Petrogradi_Kontroll-Opteerimise_Komisjon, lk 30
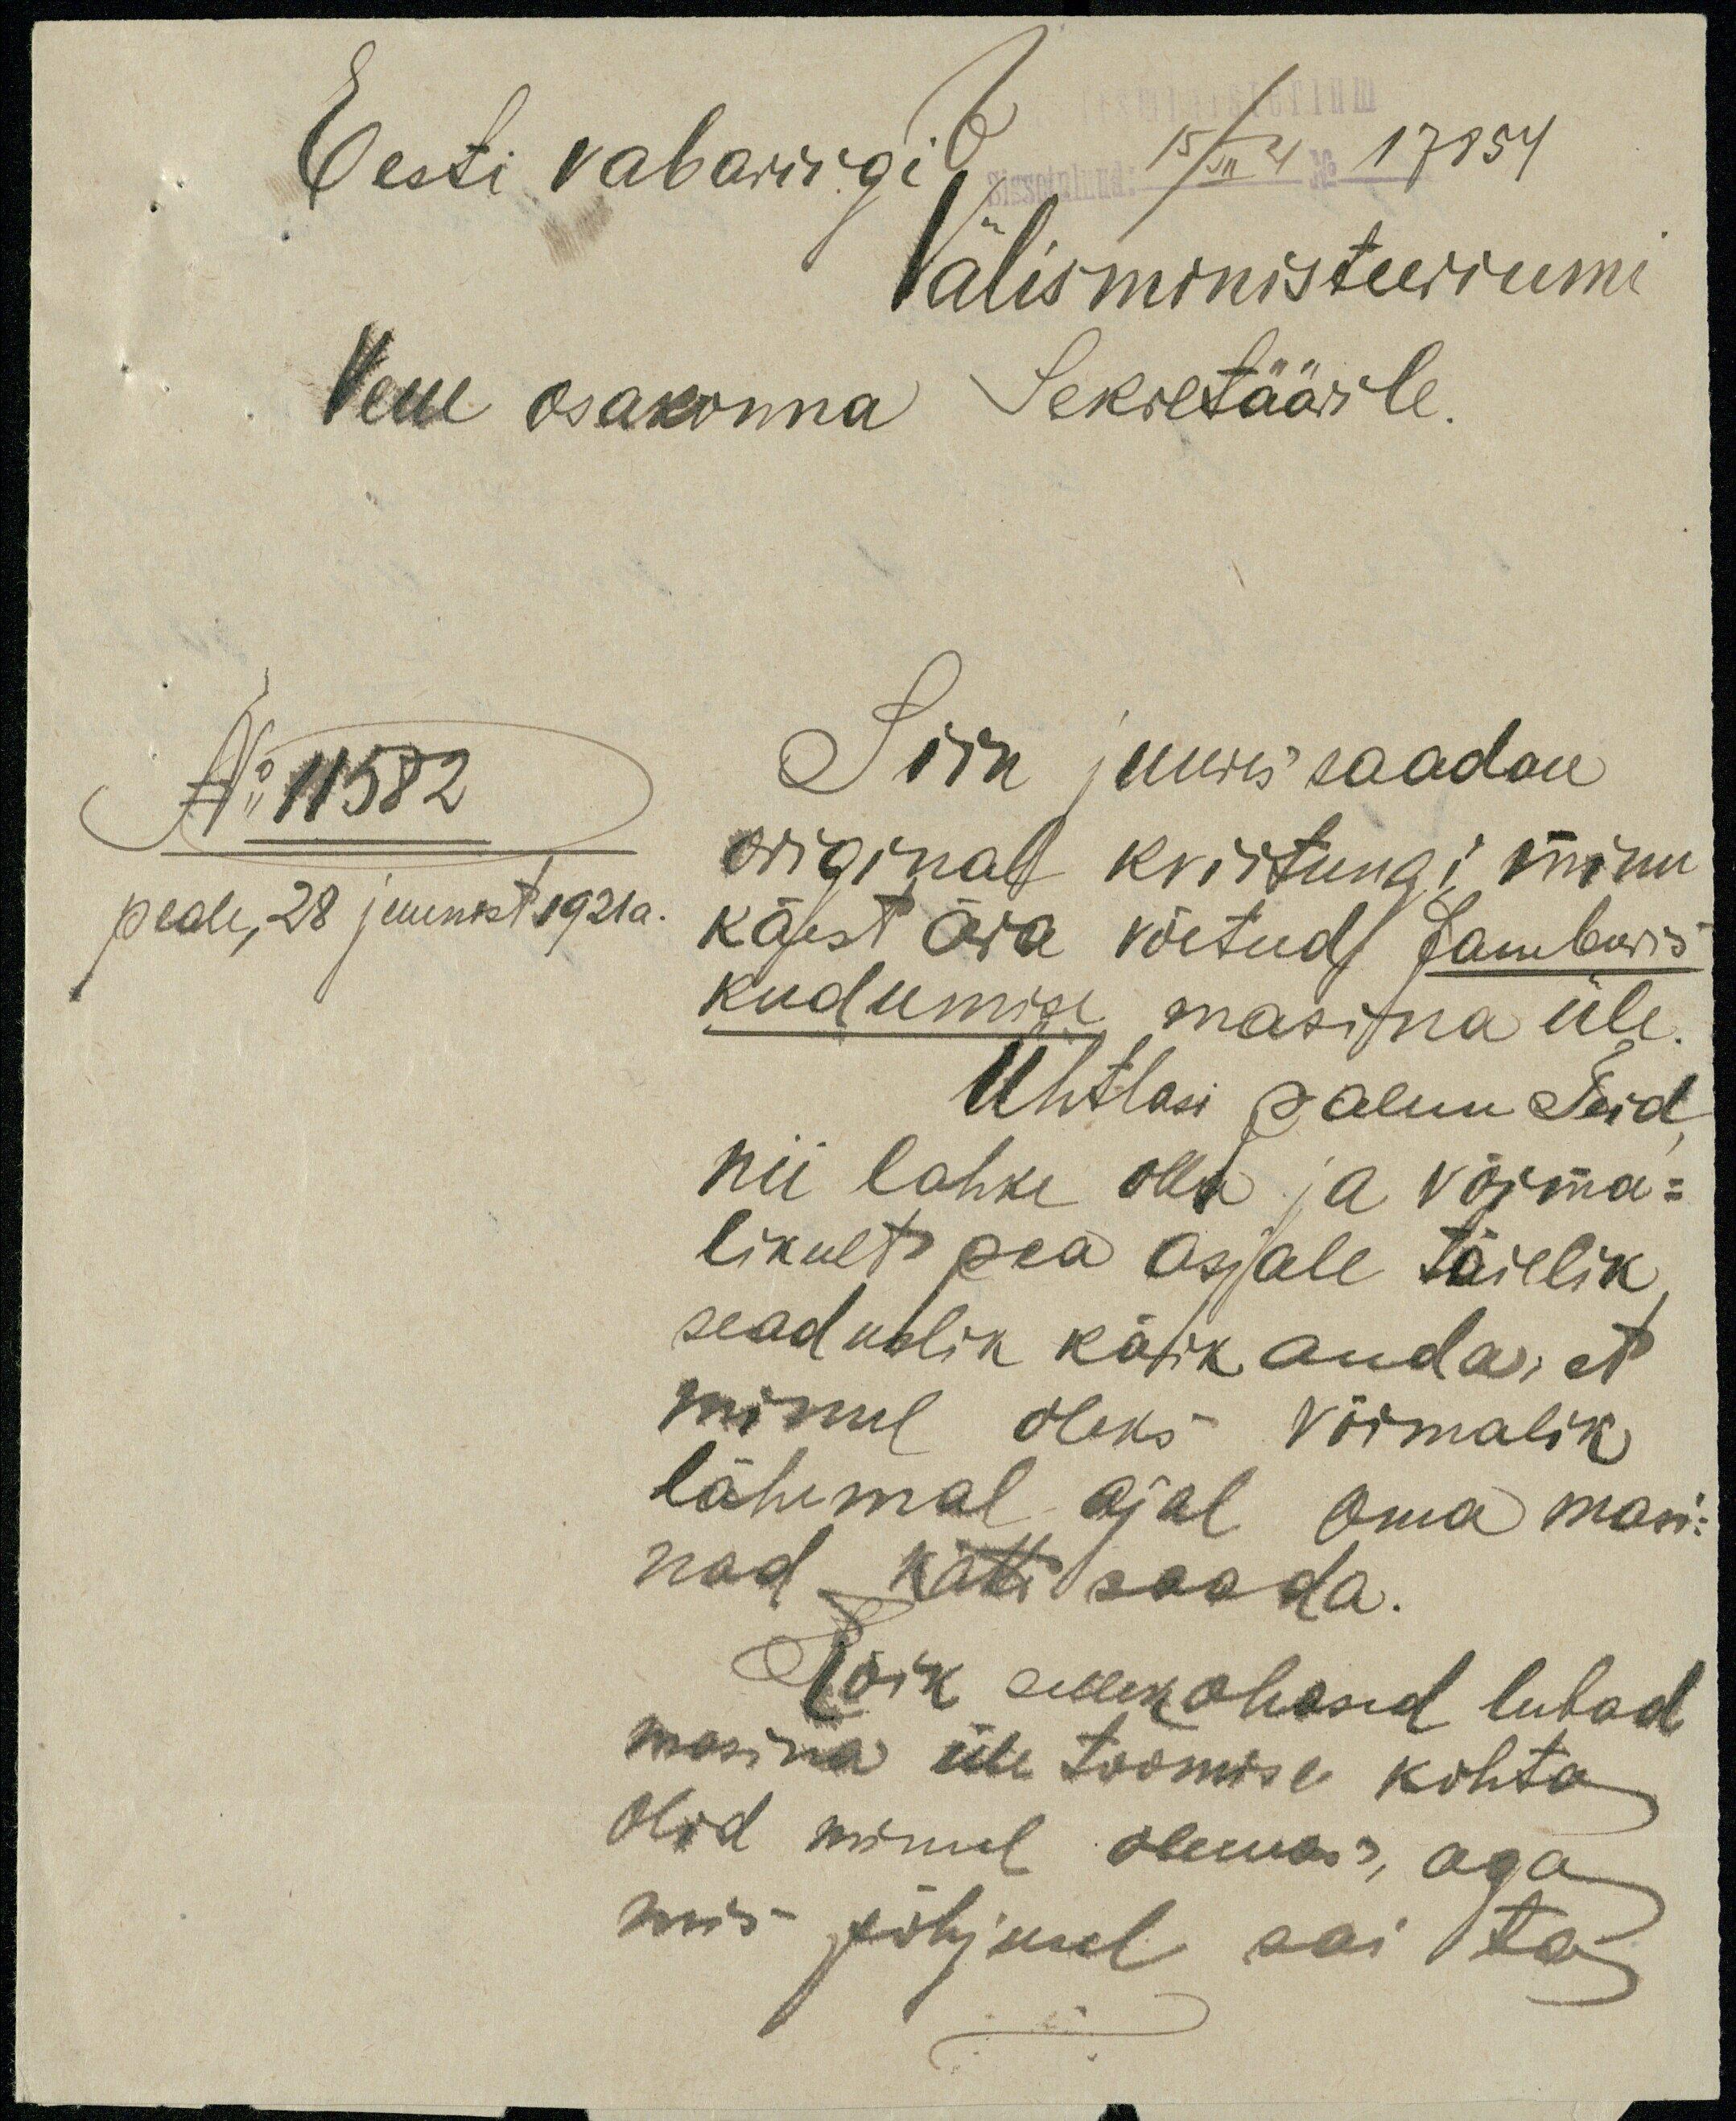
Eesti vabariigi
b Sissetulnud: 15/VII 21 No 17854
Välisministeeriumi
Vene osakonna Sekretäärile.
No 11582
peale, 28 juunist 1921 a.
Siin juures saadan
original kviitungi minu
käest ära võetud Jamburis
kudumise masina üle.
Ühtlasi palun Teid
nii lahke olla ja võima-
likult pea asjale täielik
seaduslik käik anda, et
minul oleks võimalik
lähemal ajal oma masi-
nad kätte saada.
Kõik sellekohased lubad
masina üle toomise kohta
olid minul olemas, aga
mis põhjusel sai ta